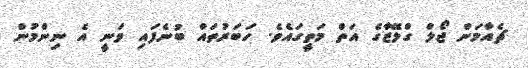
ޗެއާމަން ޖޯލް ގްލޭޒާގެ އަތް މަތީގައެވެ. ހަބަރުތައް ބުނެފައި ވަނީ އެ ނިންމުން